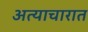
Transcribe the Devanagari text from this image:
अत्याचारात